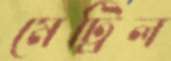
মেট্রিল